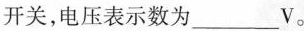
开关，电压表示数为___V。